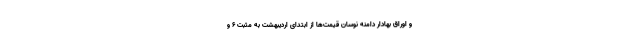
و اوراق بهادار دامنه نوسان قیمت‌ها از ابتدای اردیبهشت به مثبت ۶ و